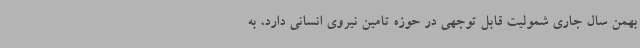
بهمن سال جاری شمولیت قابل توجهی در حوزه تامین نیروی انسانی دارد، به